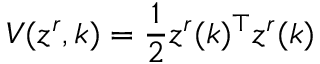
V ( z ^ { r } , k ) = \frac { 1 } { 2 } z ^ { r } ( k ) ^ { \top } z ^ { r } ( k )